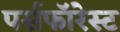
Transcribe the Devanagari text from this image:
पर्सफॉरेस्ट